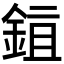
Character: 𬫖